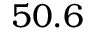
5 0 . 6